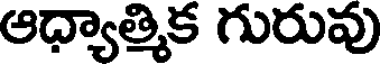
ఆధ్యాత్మిక గురువు